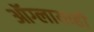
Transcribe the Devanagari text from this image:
ऑग्लायव्ही